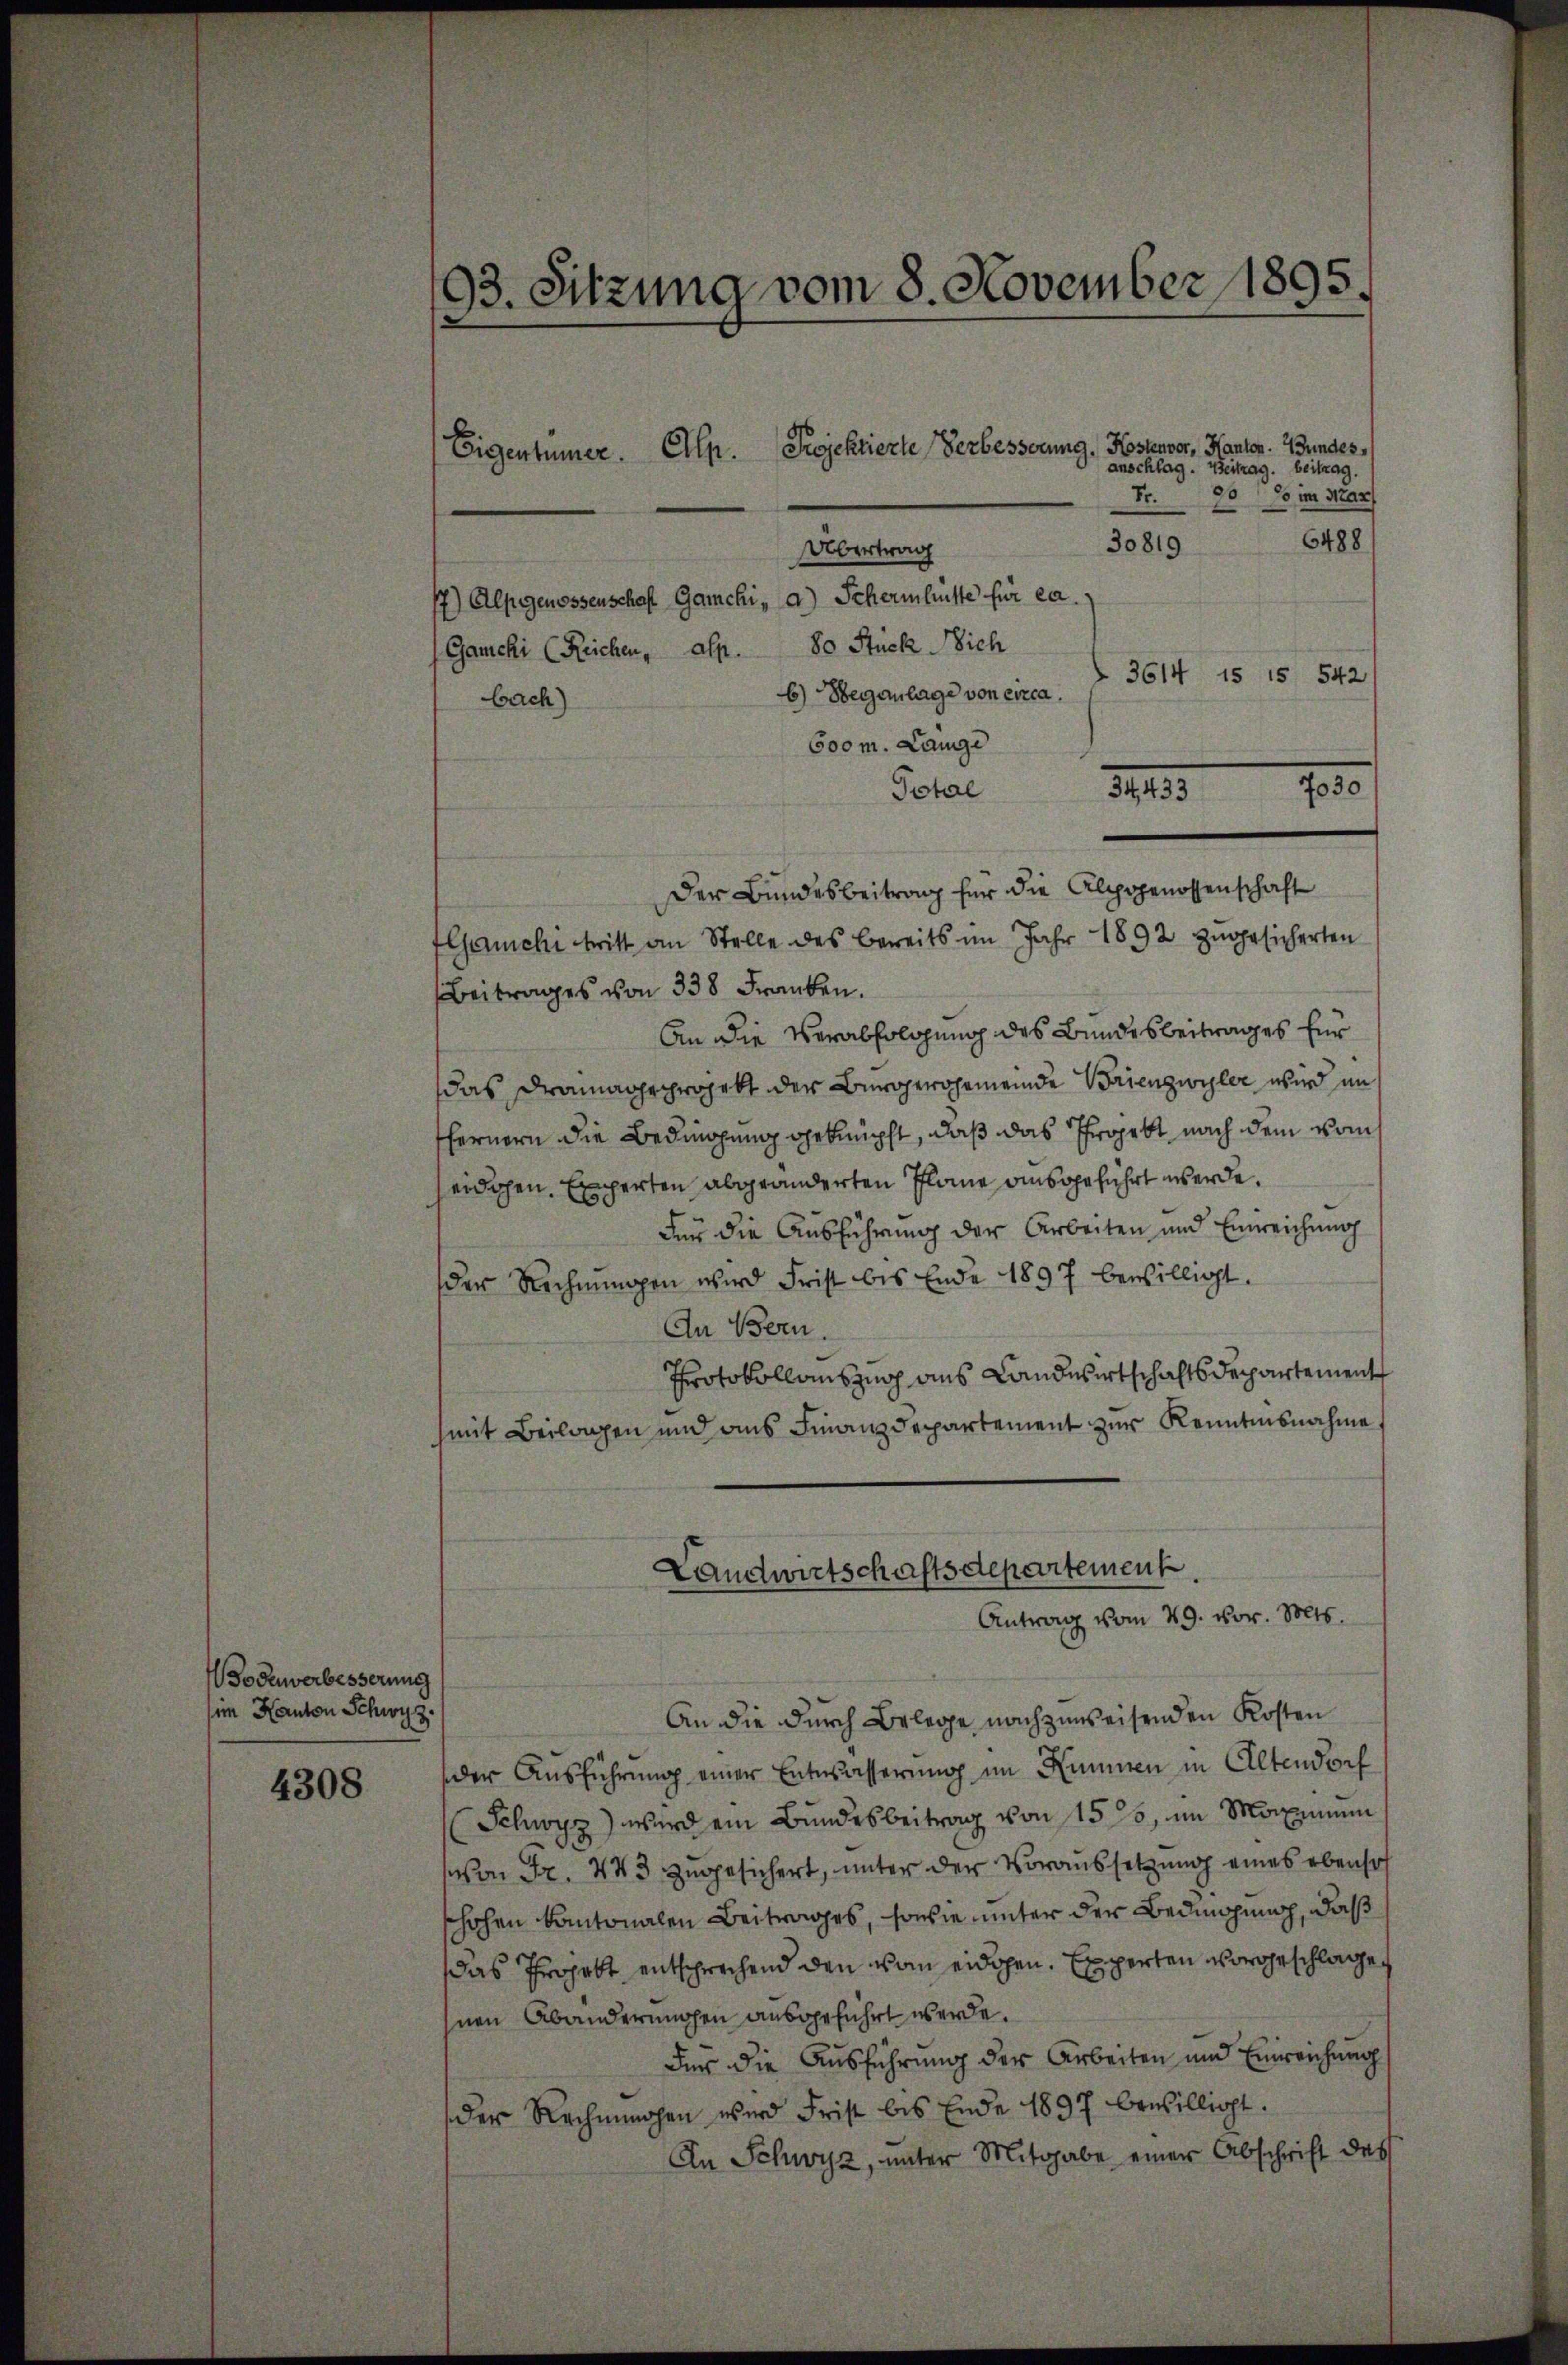
Wodewerbesserung
im Kanton Schwyz.

4308

93. Sitzung vom 8. November 1895.
Eigentümer. Ellp. Projektierte Verbesserung, Kostenvor, Kanton. Bundes,
 anschlag. Beitrag. beitrag.
o im Mar
Fr.
26
6488

30819
Übertrag
7) Alpgenossenschaft Gamchi, a) Schermhüste für ca.
3614 15 15 542/
b) Beganlage von exca.
600 m. Lange
Total
Der Bundesbeitrag für die Alpgenossenschaft
Ganche tritt an Stelle des bereits im Jahr 1892 zugesicherten
Beitrages von 338 Franken.
An die Verabfolgung des Bundesbeitrages für
das drainage projekt der Bürgergemeinde Brienzwyler wird im
fernern die Bedingung geknüpft, daß das Projekt nach dem vom
eidigen. Experten abgeänderten Plane ausgeführt werde.
Für die Ausführung der Arbeiten und Einreichung
der Rechnungen wird Frist bis Ende 1897 bewilligt.
An Bern
Protokollauszug aus Landwirtschaftsdepartement
mit Beilagen und aus Finanzdepartement zur Kenntnisnahme
Landwirtschaftsdepartement

Gaucki (Reichen, alp. 80 Stück ich
bach)

700
310.

Antrag vom 29. vor. Mts.

An die durch Belege nachzuweisenden Kosten
der Aŭsführŭng einer Entwässerung im Kammen in Altendorf
(Schwyz) wird ein Bundesbeitrag von 157, im Maximum
on Fr. 443 zugesichert, unter der Voraussetzung eines ebensof
shohen kantonalen Beitrages, sowie unter der Bedingung, daß
das Projekt entschrechend den von eidgen. Experten vorgeschlage,
hnen Abändermachen ausgeführt werde.
Für die Ausführung der Arbeiten und Einreichungs
der Rechnahen wird Frist bis Ende 1897 bewilligt.
An Schwyz, unter Mitgabe einer Abschrift des